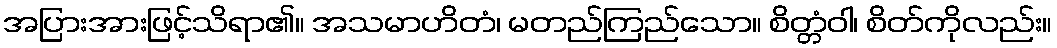
အပြားအားဖြင့်သိရာ၏။ အသမာဟိတံ၊ မတည်ကြည်သော။ စိတ္တံဝါ၊ စိတ်ကိုလည်း။